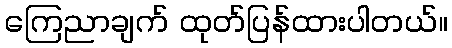
ကြေညာချက် ထုတ်ပြန်ထားပါတယ်။